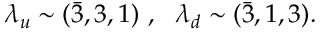
\lambda _ { u } \sim ( \bar { 3 } , 3 , 1 ) \ , \ \ \lambda _ { d } \sim ( \bar { 3 } , 1 , 3 ) .